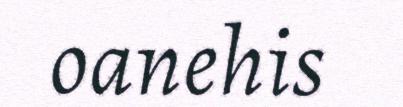
oanehis